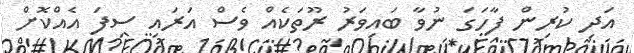
އަދި ކުރިން ފާހަގަ ނުވާ ބައިވަރު ރޫތަކެއް ވެސް އަރައި ސިފަ އެއްކޮށް